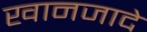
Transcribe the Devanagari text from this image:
खानजादे